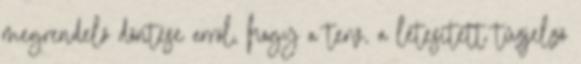
megrendelõ döntése arról, hogy a terv, a létesített tûzjelzõ